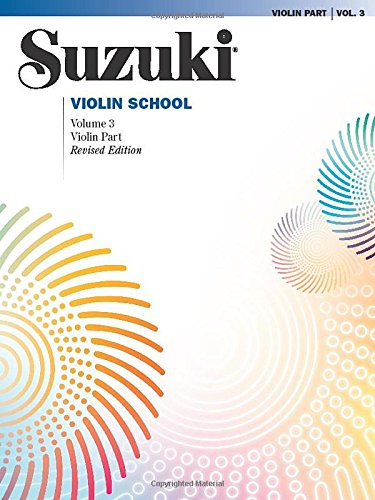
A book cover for Suzuki Violin School -Volume 3 (Revisied Edition) (Suzuki Method Core Materials); Dr. Shinichi Suzuki; Humor & Entertainment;